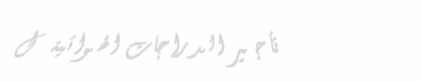
تأجير الدراجات الهوائية ل